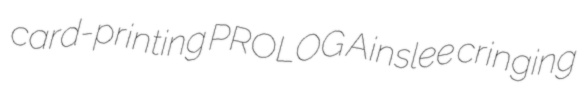
card-printing PROLOG Ainslee cringing